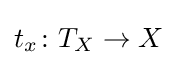
t_{x}\colon T_{X}\to X